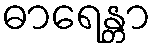
ဓာရေန္တာ